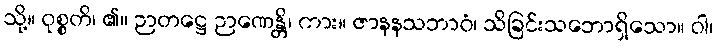
သို့။ ဝုစ္စတိ၊ ၏။ ဉာတဋ္ဌေ ဉာဏေန္တိ၊ ကား။ ဇာနနသဘာဝံ၊ သိခြင်းသဘောရှိသော။ ဝါ၊